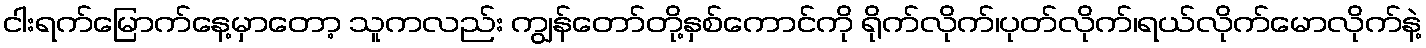
ငါးရက်မြောက်နေ့မှာတော့ သူကလည်း ကျွန်တော်တို့နှစ်ကောင်ကို ရိုက်လိုက်၊ပုတ်လိုက်၊ရယ်လိုက်မောလိုက်နဲ့